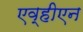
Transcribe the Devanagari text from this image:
एव्हीएन